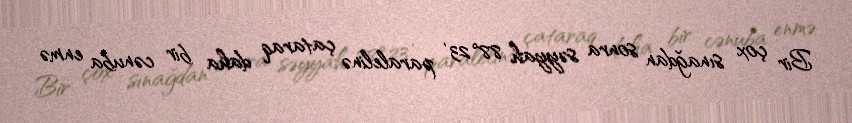
Bir çox sınağdan sonra səyyah 88°23' paralelinə çataraq daha bir cənuba enmə